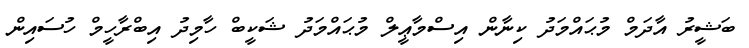
ބަޝީރު އާދަމް މުޙައްމަދު ކިނާން އިސްމާޢީލް މުޙައްމަދު ޝަކީބް ހާމިދު އިބްރާހީމް ހުސައިން